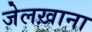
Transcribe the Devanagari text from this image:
जेलख़ाना